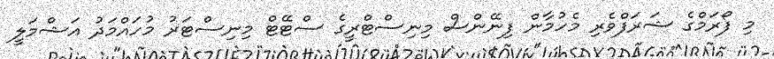
މި ފޯރަމްގެ ޝަރަފްވެރި މެހުމާން ފިނޭންސް މިނިސްޓްރީގެ ސްޓޭޓް މިނިސްޓަރު މުހައްމަދު އަޝްމަލީ